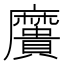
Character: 𪎯